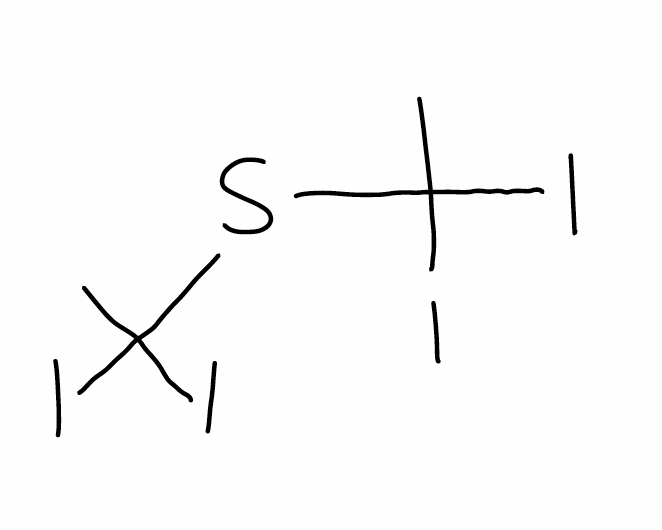
Simplified molecular-input line-entry system (SMILES) notation of the given molecule:
CC(SC(C)(I)I)(I)I